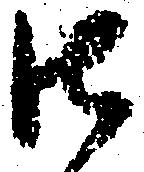
御